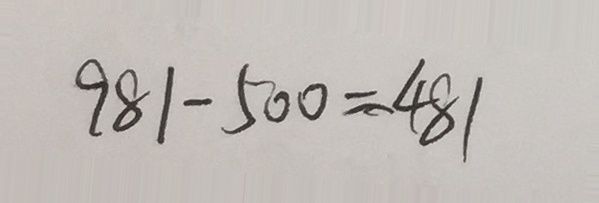
9 8 1 - 5 0 0 = 4 8 1